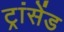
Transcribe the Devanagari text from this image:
ट्रांसेंड